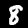
Label: 8